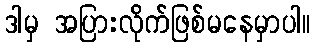
ဒါမှ အပြားလိုက်ဖြစ်မနေမှာပါ။